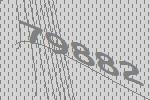
79882